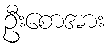
ဦးစောအား